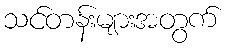
သင်တန်းများအတွက်